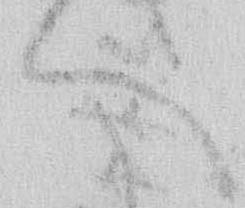
へ